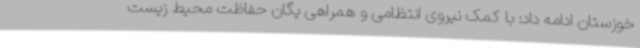
خوزستان ادامه داد: با کمک نیروی انتظامی و همراهی یگان حفاظت محیط زیست